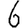
Digit: 6